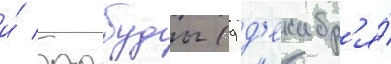
и́ барбуды (9 д'екабр'я́